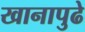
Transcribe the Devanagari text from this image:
खानापुढे